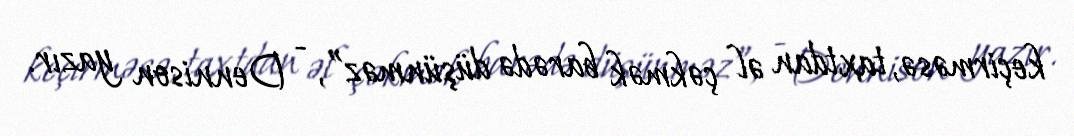
keçirməsə, taxtdan əl çəkmək barədə düşünməz”, - Dennison yazır.